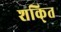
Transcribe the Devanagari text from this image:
शकि्त